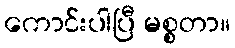
ကောင်းပါပြီ မစ္စတာ။